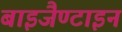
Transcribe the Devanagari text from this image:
बाइजैण्टाइन